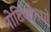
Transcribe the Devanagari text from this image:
नोटिशीमध्ये